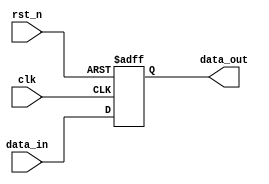
module parameterized_register #(
    parameter WIDTH = 8  // Parameterized width of the register
)(
    input wire clk,       // Clock signal
    input wire rst_n,     // Asynchronous active-low reset signal
    input wire [WIDTH-1:0] data_in,  // Input data to be stored
    output reg [WIDTH-1:0] data_out   // Output stored data
);

// Always block to handle clock triggering and reset
always @(posedge clk or negedge rst_n) begin
    if (!rst_n) begin
        // Asynchronous reset to zero
        data_out <= {WIDTH{1'b0}};
    end else begin
        // Capture input data on clock edge
        data_out <= data_in;
    end
end

endmodule